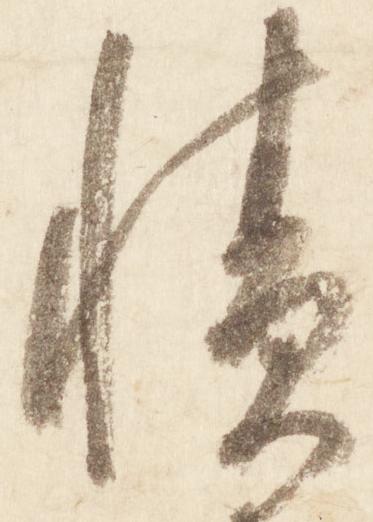
積